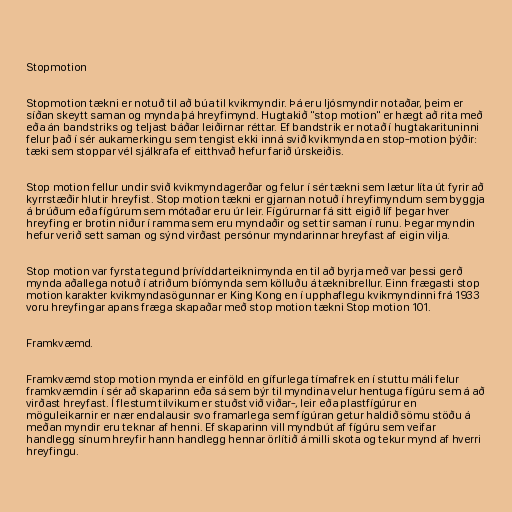
Stopmotion

Stopmotion tækni er notuð til að búa til kvikmyndir. Þá eru ljósmyndir notaðar, þeim er
síðan skeytt saman og mynda þá hreyfimynd. Hugtakið "stop motion" er hægt að rita með
eða án bandstriks og teljast báðar leiðirnar réttar. Ef bandstrik er notað í hugtakarituninni
felur það í sér aukamerkingu sem tengist ekki inná svið kvikmynda en stop-motion þýðir:
tæki sem stoppar vél sjálkrafa ef eitthvað hefur farið úrskeiðis.

Stop motion fellur undir svið kvikmyndagerðar og felur í sér tækni sem lætur líta út fyrir að
kyrrstæðir hlutir hreyfist. Stop motion tækni er gjarnan notuð í hreyfimyndum sem byggja
á brúðum eða fígúrum sem mótaðar eru úr leir. Fígúrurnar fá sitt eigið líf þegar hver
hreyfing er brotin niður í ramma sem eru myndaðir og settir saman í runu. Þegar myndin
hefur verið sett saman og sýnd virðast persónur myndarinnar hreyfast af eigin vilja.

Stop motion var fyrsta tegund þrívíddarteiknimynda en til að byrja með var þessi gerð
mynda aðallega notuð í atriðum bíómynda sem kölluðu á tæknibrellur. Einn frægasti stop
motion karakter kvikmyndasögunnar er King Kong en í upphaflegu kvikmyndinni frá 1933
voru hreyfingar apans fræga skapaðar með stop motion tækni Stop motion 101.

Framkvæmd.

Framkvæmd stop motion mynda er einföld en gífurlega tímafrek en í stuttu máli felur
framkvæmdin í sér að skaparinn eða sá sem býr til myndina velur hentuga fígúru sem á að
virðast hreyfast. Í flestum tilvikum er stuðst við viðar-, leir eða plastfígúrur en
möguleikarnir er nær endalausir svo framarlega sem fígúran getur haldið sömu stöðu á
meðan myndir eru teknar af henni. Ef skaparinn vill myndbút af fígúru sem veifar
handlegg sínum hreyfir hann handlegg hennar örlítið á milli skota og tekur mynd af hverri
hreyfingu.